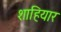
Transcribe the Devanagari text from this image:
शाहियार